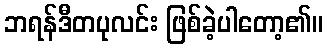
ဘရန်ဒီတပုလင်း ဖြစ်ခဲ့ပါတော့၏။